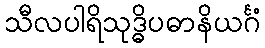
သီလပါရိသုဒ္ဓိပဓာနိယင်္ဂံ